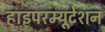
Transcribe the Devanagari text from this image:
हाइपरम्यूटेशन